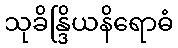
သုခိန္ဒြိယနိရောဓံ